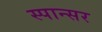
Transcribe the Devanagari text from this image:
स्पान्सर